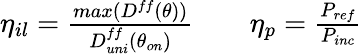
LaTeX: \begin{array}{rlr}{\eta_{il}=\frac{max(D^{ff}(\theta))}{D_{uni}^{ff}(\theta_{on})}}&{{}}&{\eta_{p}=\frac{P_{ref}}{P_{inc}}}\end{array}